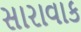
સારાવાક